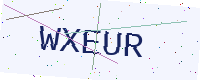
Text: WXEUR